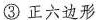
③ 正六边形